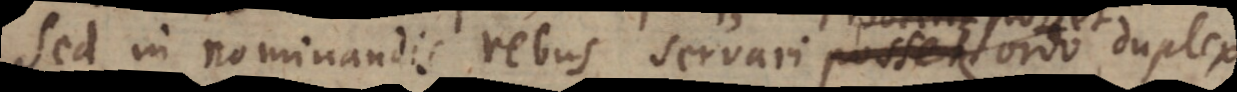
Sed in nominandis rebus servari posset ordo duplex,